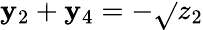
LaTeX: \mathbf{y}_{2}+\mathbf{y}_{4}=-\sqrt{}{{z_{2}}}